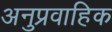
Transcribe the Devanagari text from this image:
अनुप्रवाहिक